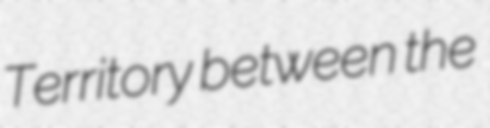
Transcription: Territory between the